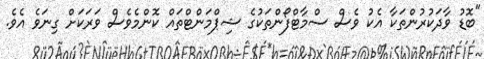
"ބޮޑު ވާދަކުރުންތަކާ އެކު ވެސް ސްމާޓްފޯންތަކުގެ ޝިޕްމަންޓްތައް ކޮންމެވެސް ވަރަކަށް ގިނަވެ އެވެ.